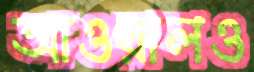
আওয়ালও